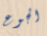
الجوع